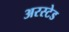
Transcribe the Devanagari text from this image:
अरस्टेड